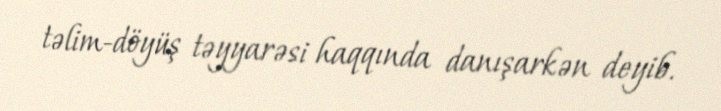
təlim-döyüş təyyarəsi haqqında danışarkən deyib.